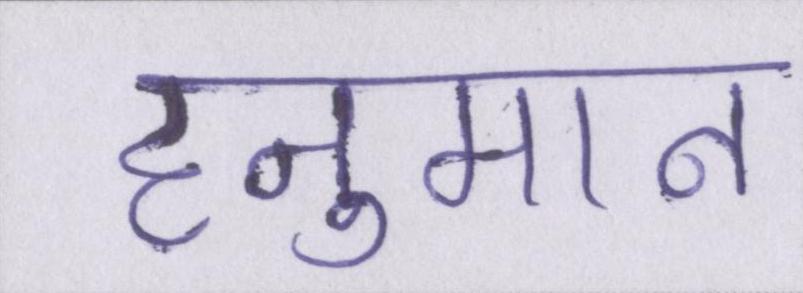
हनुमान